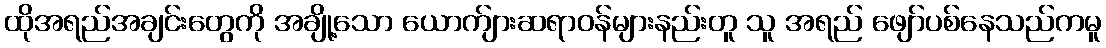
ထိုအရည်အချင်းတွေကို အချို့သော ယောက်ျားဆရာဝန်များနည်းတူ သူ အရည် ဖျော်ပစ်နေသည်ကမူ